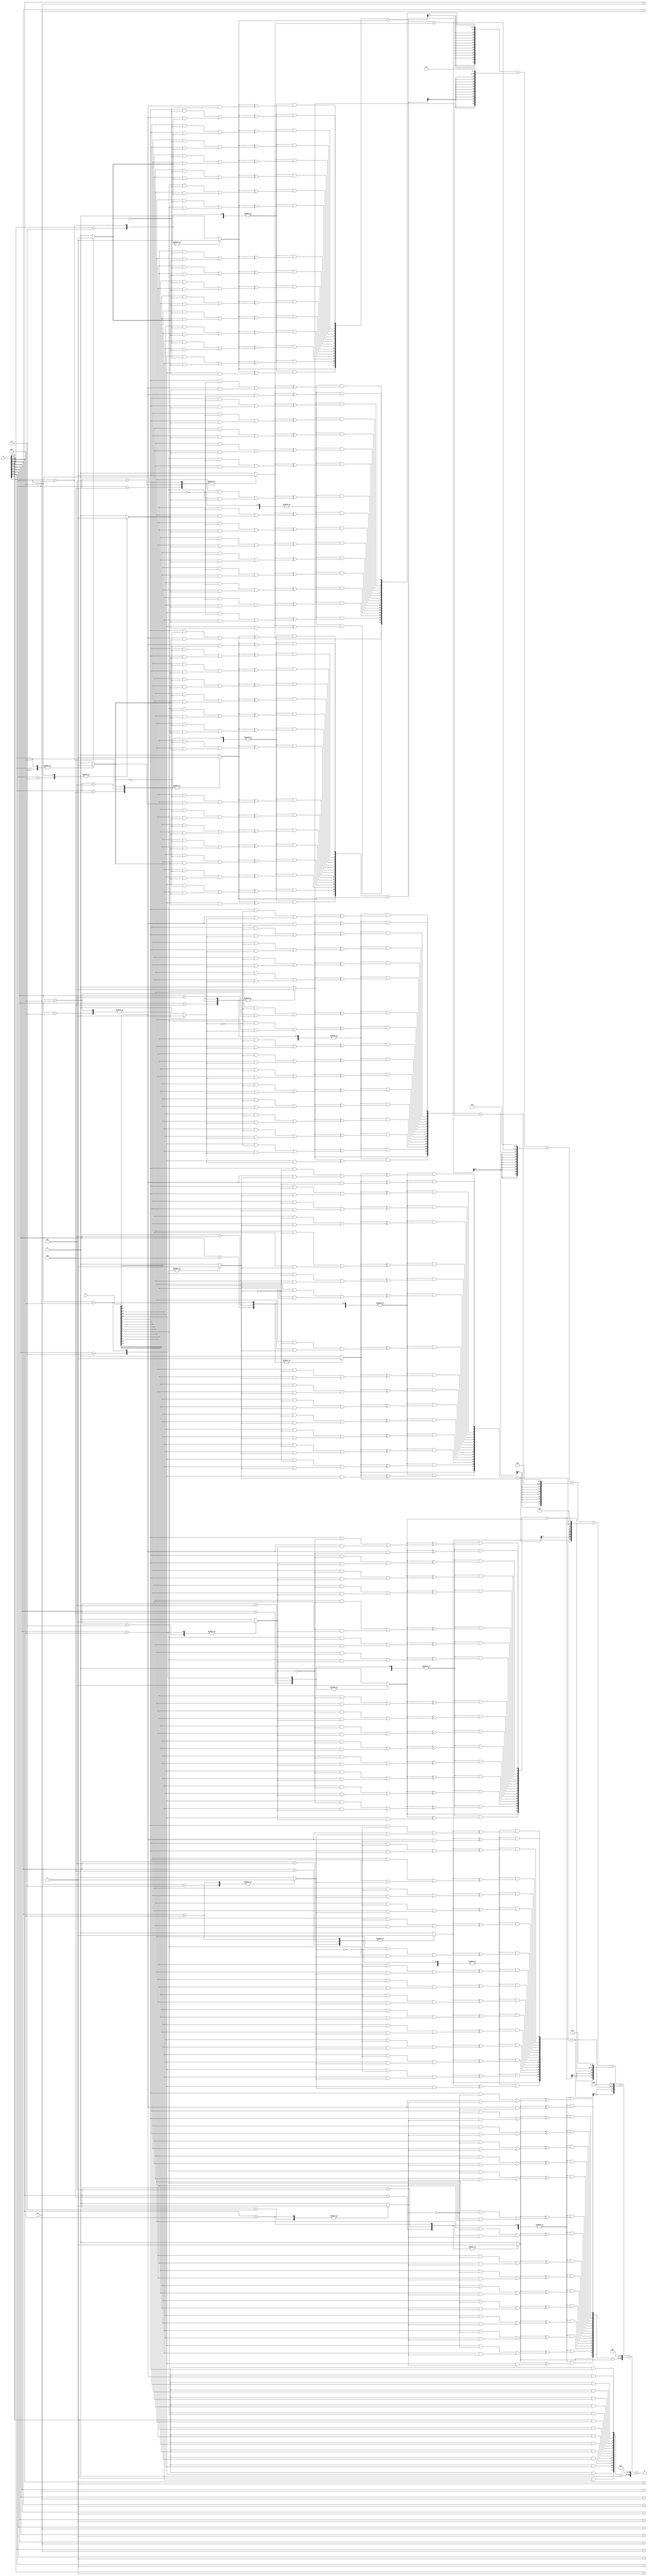
`timescale 10ms / 1ms

module radix4acc(p,x,y);         //8 bit multiplier to give 16 bit product

parameter N = 16;   //size of muliplicant and multiplier
parameter K = N/2;  //

input [N-1 : 0]   x,y;
output [N+N-1:0]   p;

reg [2:0]   bits    [K:0];
reg   neg     [K:0];
reg   two     [K:0];
reg   zero     [K:0];

wire [N+1:0] x_new;
reg [N+1:0]       PP      [K:0]; //riyaj 
reg [N+N-1:0]   ACC     [K:0];
reg [N+N-1:0]   ANS;
reg mux;

integer i , j, t;

assign x_new = {2'b0,x};

always@(*)

begin
    bits[0] = {y[1],y[0],1'b0};             //setting last bit -1 as 0
    //$display("%b", bits[0]);
    for(i=1; i<K+1; i=i+1) begin
        if(i == K)
            bits[i] = {2'b0,y[2*i-1]};
        else
            bits[i] = {y[2*i+1], y[2*i], y[2*i-1]};
        //$display("%b", bits[i]);
        
    end

    for(i=0; i<K+1; i=i+1)
        begin                                      //accurate cases
            case(bits[i])

            
            3'b001, 3'b010:         
            begin
                neg[i] = 1'b0;
                two[i] = 1'b0;
                zero[i] = 1'b0;
            end

            3'b011:
            begin
                neg[i] = 1'b0;
                two[i] = 1'b1;
                zero[i] = 1'b0;
            end

            3'b101, 3'b110:         
            begin 
               neg[i] = 1'b1;
                two[i] = 1'b0;
                zero[i] = 1'b0;
            end

            3'b100:
            begin
                neg[i] = 1'b1;
                two[i] = 1'b1;
                zero[i] = 1'b0;
            end
         
            default: 
            begin
                neg[i] = 1'b0;
                two[i] = 1'b0;
                zero[i] = 1'b1;
            end

            endcase
            
            //$display("%b %b %b", neg[i], two[i], zero[i]);
            
            PP[i] = 0;
            PP[i][N+1] = neg[i];           //sign conservation

            for(t=0; t<N+1; t=t+1) begin
                if(t==0) 
                    mux = (x_new[t] & ~two[i]) | (1'b0 & two[i]);
                
                else
                    mux = (x_new[t] & ~two[i]) | (x_new[t-1] & two[i]);

                
                PP[i][t] = ~zero[i] & (neg[i] ^ mux);       
            end

            PP[i] = PP[i] + neg[i];             //correction term added
            
            //$display("%b", PP[i]);

            ACC[i] = $signed(PP[i]);        //sign extension
            //$display("%b", ACC[i]);

            for(j=0; j<i; j=j+1)
                ACC[i] = {ACC[i],2'b00};        //shifting

        
        end

    ANS = ACC[0];

    for(i=1; i<K+1; i=i+1)
        ANS = ANS+ACC[i];
        
    
end


assign p = ANS;

endmodule